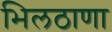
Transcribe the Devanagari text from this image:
भिलठाणा